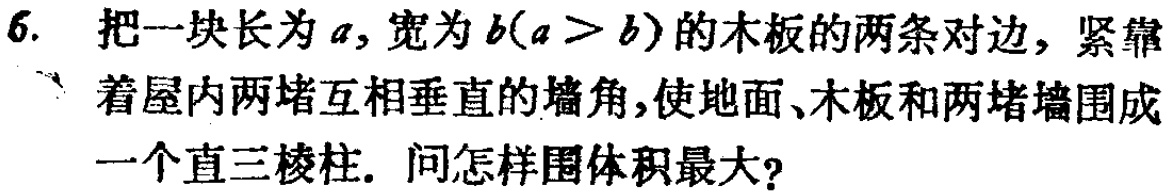
6. 把一块长为\(a\)，宽为\(b(a > b)\)的木板的两条对边，紧靠着屋内两堵互相垂直的墙角，使地面、木板和两堵墙围成一个直三棱柱. 问怎样围体积最大?